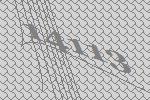
14113